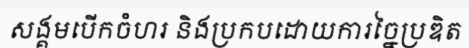
សង្គមបើកចំហរ និងប្រកបដោយការច្នៃប្រឌិត